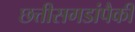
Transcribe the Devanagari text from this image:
छत्तीसगडांपैकी